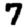
Digit: 7